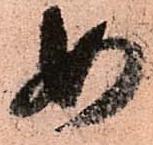
如